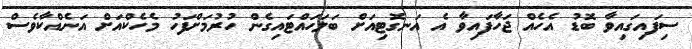
ސިފައިގައިވާ ބޮޑު އެހެއް ޖަހާފައިވާ އެ އަނގޮޓިއަށް ބަލަހައްޓައިގެން ހުރުމަށްފަހު މެހެކްއަށް އަނެއްކާވެސް